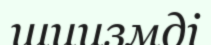
шиизмді